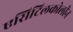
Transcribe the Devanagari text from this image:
एसिटिलकोलीन